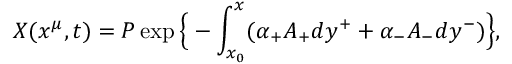
X ( x ^ { \mu } , t ) = P \exp \Big \{ - \int _ { x _ { 0 } } ^ { x } ( \alpha _ { + } A _ { + } d y ^ { + } + \alpha _ { - } A _ { - } d y ^ { - } ) \Big \} ,